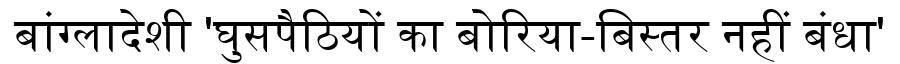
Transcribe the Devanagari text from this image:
बांग्लादेशी 'घुसपैठियों का बोरिया-बिस्तर नहीं बंधा'